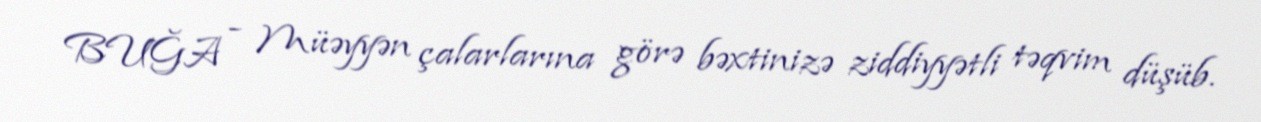
BUĞA - Müəyyən çalarlarına görə bəxtinizə ziddiyyətli təqvim düşüb.